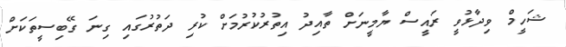
ޝަހީމް ވިދާޅުވީ ރައީސް ޔާމީނަށް ތާއިދު އިތުރުކުރުމަށް ކުރި ދަތުރުގައި ގިނަ ގޭބިސީތަކަށް